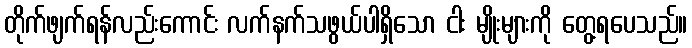
တိုက်ဖျက်ရန်လည်းကောင်း လက်နက်သဖွယ်ပါရှိသော ငါး မျိုးများကို တွေ့ရပေသည်။